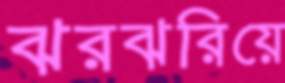
ঝরঝরিয়ে